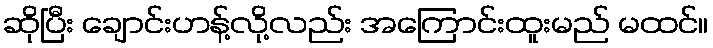
ဆိုပြီး ချောင်းဟန့်လို့လည်း အကြောင်းထူးမည် မထင်။